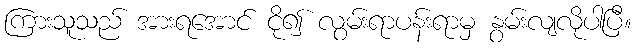
ကြားသူသည် အားရအောင် ငို၍ လွမ်းရာပန်းရာမှ နွမ်းလျလိုပါပြီ။